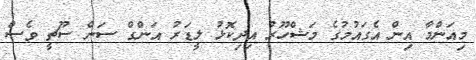
މިއަންމާ އިން އެގައުމުގެ މަޝްހޫރު އިދިކޮޅު ލީޑަރު އަންގް ސަން ސޫޗީ ވެސް